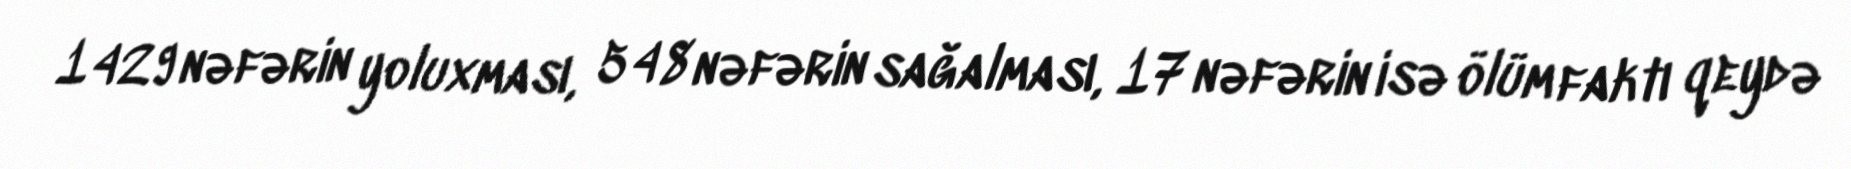
1429 nəfərin yoluxması, 548 nəfərin sağalması, 17 nəfərin isə ölüm faktı qeydə